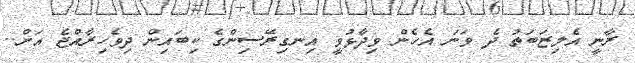
ރާނީ އެލިޒަބަތު ދެ ވަނަ އެހެން ވިދާޅުވީ އިނގިރޭސިންގެ ކިބައިން ދިވެހިރާއްޖެ އަށް..